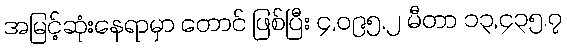
အမြင့်ဆုံးနေရာမှာ တောင် ဖြစ်ပြီး ၄,၀၉၅.၂ မီတာ ၁၃,၄၃၅.၇